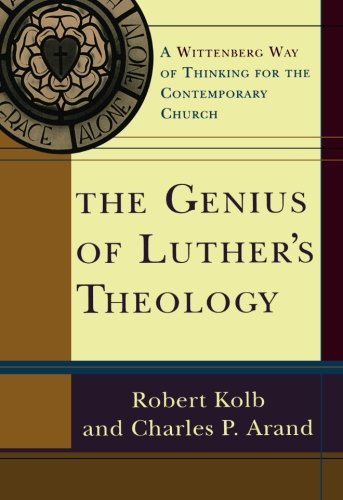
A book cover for The Genius of Luther's Theology: A Wittenberg Way of Thinking for the Contemporary Church; Robert Kolb; Christian Books & Bibles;